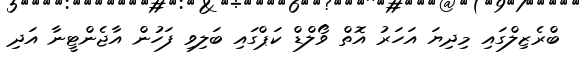
ބްރެޒިލްގައި މިދިޔަ އަހަރު އޮތް ވޯލްޑް ކަޕްގައި ބަލިވި ފަހުން އާޖެންޓީނާ އަދި